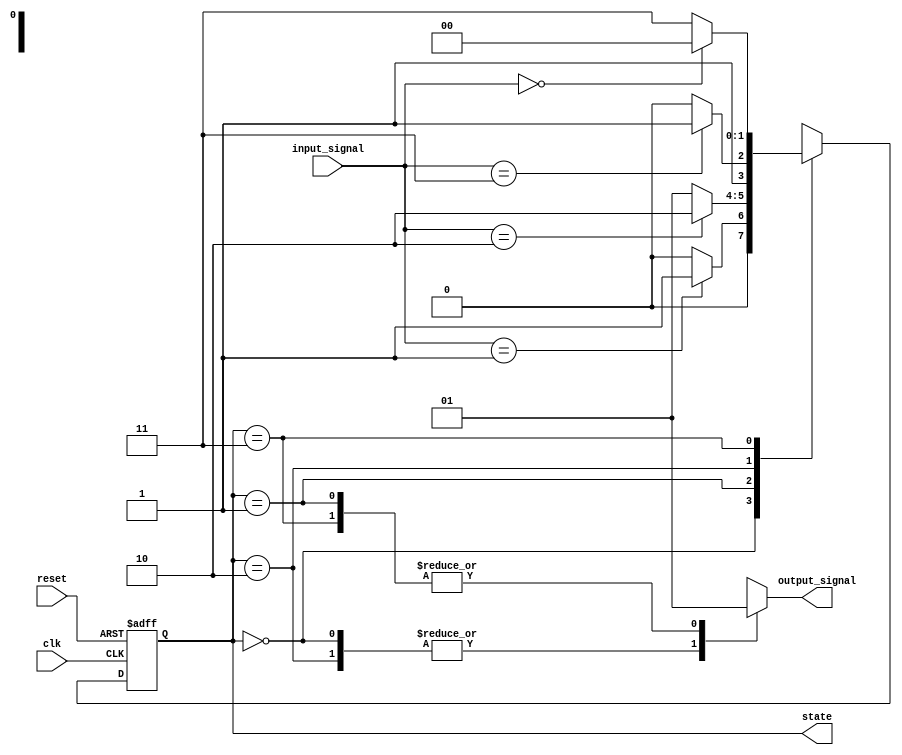
module fsm_preconfigured #(
    parameter STATE_WIDTH = 2,          // Number of bits for state representation
    parameter NUM_STATES = 4,           // Number of states
    parameter DEFAULT_STATE = 2'b00     // Default initial state
)(
    input wire clk,                      // Clock signal
    input wire reset,                    // Reset signal (active high)
    input wire [1:0] input_signal,      // Input signals for state transitions
    output reg [STATE_WIDTH-1:0] state, // Current state output
    output reg output_signal             // Output signal based on current state
);

// State encoding
localparam STATE_0 = 2'b00;
localparam STATE_1 = 2'b01;
localparam STATE_2 = 2'b10;
localparam STATE_3 = 2'b11;

// State initialization logic
always @(posedge clk or posedge reset) begin
    if (reset) begin
        state <= DEFAULT_STATE; // Initialize state on reset
    end else begin
        // State transition logic
        case (state)
            STATE_0: begin
                if (input_signal == 2'b01) begin
                    state <= STATE_1;
                end else begin
                    state <= STATE_0; // Stay in STATE_0
                end
            end
            STATE_1: begin
                if (input_signal == 2'b10) begin
                    state <= STATE_2;
                end else begin
                    state <= STATE_1; // Stay in STATE_1
                end
            end
            STATE_2: begin
                if (input_signal == 2'b11) begin
                    state <= STATE_3;
                end else begin
                    state <= STATE_2; // Stay in STATE_2
                end
            end
            STATE_3: begin
                if (input_signal == 2'b00) begin
                    state <= STATE_0;
                end else begin
                    state <= STATE_3; // Stay in STATE_3
                end
            end
            default: state <= DEFAULT_STATE; // Fallback to default state
        endcase
    end
end

// Output generation based on current state
always @(*) begin
    case (state)
        STATE_0: output_signal = 1'b0;
        STATE_1: output_signal = 1'b1;
        STATE_2: output_signal = 1'b0;
        STATE_3: output_signal = 1'b1;
        default: output_signal = 1'b0; // Default output
    endcase
end

endmodule